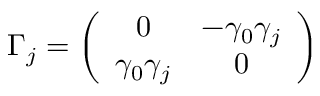
\Gamma _ { j } = \left( \begin{array} { c c } { { 0 } } & { { - \gamma _ { 0 } \gamma _ { j } } } \\ { { \gamma _ { 0 } \gamma _ { j } } } & { { 0 } } \end{array} \right)